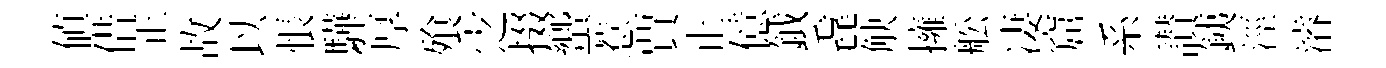
值借正故以悵驊厚飱㝎掇蠁惹賈止億鉞毳觖擁舩凄窟系讃銕涇濬